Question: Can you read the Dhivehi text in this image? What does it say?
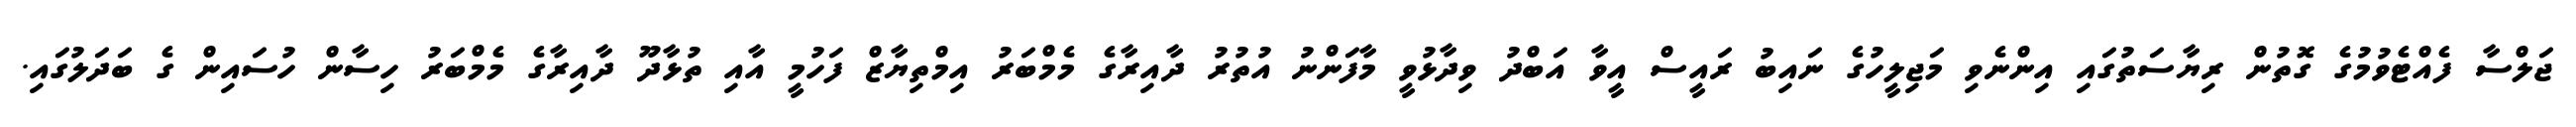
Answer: ޖަލްސާ ފެއްޓެވުމުގެ ގޮތުން ރިޔާސަތުގައި އިންނެވި މަޖިލީހުގެ ނައިބު ރައީސް އީވާ އަބްދު ވިދާޅުވީ މާފަންނު އުތުރު ދާއިރާގެ މެމްބަރު އިމްތިޔާޒް ފަހުމީ އާއި ތުޅާދޫ ދާއިރާގެ މެމްބަރު ހިސާން ހުސައިން ގެ ބަދަލުގައި.